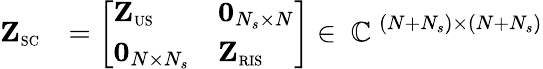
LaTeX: \begin{array}{rl}{\mathbf{Z}_{\scriptscriptstyle\mathrm{SC}}}&{=\left[\begin{array}{ll}{\mathbf{Z}_{\scriptscriptstyle\mathrm{US}}}&{{{\mathbf{0}_{N_{s}\times N}}}}\\ {{{\mathbf{0}_{N\times N_{s}}}}}&{\mathbf{Z}_{\scriptscriptstyle\mathrm{RIS}}}\end{array}\right]\in\mathrm{~\mathbb{C}~}^{(N+N_{s})\times(N+N_{s})}}\end{array}